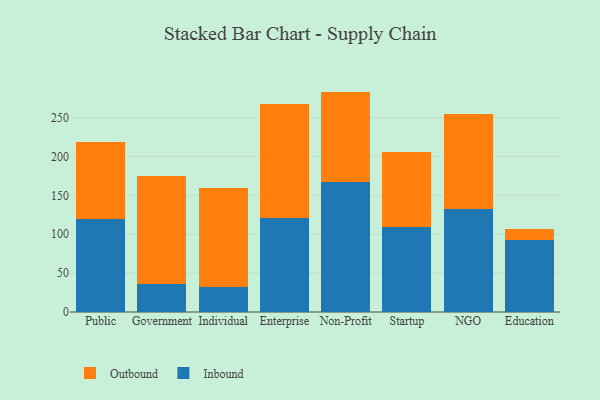
{"axis": {"x": "Segment", "y": "Active Users"}, "legend": ["Inbound", "Outbound"], "data": [{"x": "Public", "y": 119.5, "type": "Inbound"}, {"x": "Public", "y": 99.1, "type": "Outbound"}, {"x": "Government", "y": 36.0, "type": "Inbound"}, {"x": "Government", "y": 139.0, "type": "Outbound"}, {"x": "Individual", "y": 32.5, "type": "Inbound"}, {"x": "Individual", "y": 126.7, "type": "Outbound"}, {"x": "Enterprise", "y": 121.2, "type": "Inbound"}, {"x": "Enterprise", "y": 145.9, "type": "Outbound"}, {"x": "Non-Profit", "y": 166.7, "type": "Inbound"}, {"x": "Non-Profit", "y": 116.8, "type": "Outbound"}, {"x": "Startup", "y": 109.0, "type": "Inbound"}, {"x": "Startup", "y": 97.2, "type": "Outbound"}, {"x": "NGO", "y": 133.1, "type": "Inbound"}, {"x": "NGO", "y": 121.7, "type": "Outbound"}, {"x": "Education", "y": 92.5, "type": "Inbound"}, {"x": "Education", "y": 14.2, "type": "Outbound"}]}